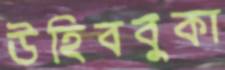
উহিববুকা